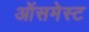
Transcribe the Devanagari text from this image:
ऑसमेस्ट